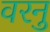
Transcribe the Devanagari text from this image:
वरनु